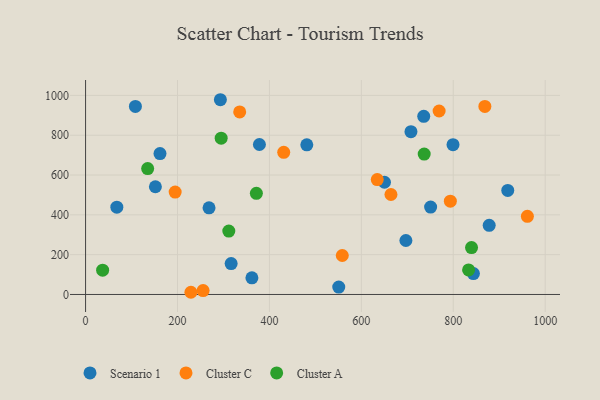
{"axis": {"x": "Distance", "y": "Sales"}, "legend": ["Cluster A", "Cluster C", "Scenario 1"], "data": [{"x": "696.9", "y": 271.1, "type": "Scenario 1"}, {"x": "843.8", "y": 104.8, "type": "Scenario 1"}, {"x": "650.3", "y": 563.8, "type": "Scenario 1"}, {"x": "151.9", "y": 541.2, "type": "Scenario 1"}, {"x": "361.9", "y": 83.9, "type": "Scenario 1"}, {"x": "316.7", "y": 155.1, "type": "Scenario 1"}, {"x": "268.6", "y": 435.3, "type": "Scenario 1"}, {"x": "378.2", "y": 753.4, "type": "Scenario 1"}, {"x": "750.7", "y": 439.0, "type": "Scenario 1"}, {"x": "108.4", "y": 944.6, "type": "Scenario 1"}, {"x": "550.8", "y": 37.0, "type": "Scenario 1"}, {"x": "68.0", "y": 438.7, "type": "Scenario 1"}, {"x": "293.3", "y": 978.3, "type": "Scenario 1"}, {"x": "799.4", "y": 752.7, "type": "Scenario 1"}, {"x": "481.3", "y": 752.0, "type": "Scenario 1"}, {"x": "161.9", "y": 707.6, "type": "Scenario 1"}, {"x": "918.5", "y": 522.6, "type": "Scenario 1"}, {"x": "878.1", "y": 347.2, "type": "Scenario 1"}, {"x": "735.7", "y": 894.7, "type": "Scenario 1"}, {"x": "707.9", "y": 817.9, "type": "Scenario 1"}, {"x": "793.6", "y": 468.5, "type": "Cluster C"}, {"x": "961.2", "y": 392.7, "type": "Cluster C"}, {"x": "255.7", "y": 19.7, "type": "Cluster C"}, {"x": "194.9", "y": 514.4, "type": "Cluster C"}, {"x": "664.4", "y": 502.3, "type": "Cluster C"}, {"x": "229.2", "y": 11.1, "type": "Cluster C"}, {"x": "769.2", "y": 921.7, "type": "Cluster C"}, {"x": "431.1", "y": 714.0, "type": "Cluster C"}, {"x": "868.7", "y": 944.4, "type": "Cluster C"}, {"x": "634.6", "y": 577.0, "type": "Cluster C"}, {"x": "335.3", "y": 916.9, "type": "Cluster C"}, {"x": "558.5", "y": 195.9, "type": "Cluster C"}, {"x": "37.1", "y": 122.2, "type": "Cluster A"}, {"x": "736.7", "y": 705.1, "type": "Cluster A"}, {"x": "833.3", "y": 123.3, "type": "Cluster A"}, {"x": "371.6", "y": 508.0, "type": "Cluster A"}, {"x": "839.7", "y": 235.5, "type": "Cluster A"}, {"x": "295.0", "y": 785.1, "type": "Cluster A"}, {"x": "311.6", "y": 318.4, "type": "Cluster A"}, {"x": "135.1", "y": 632.3, "type": "Cluster A"}]}